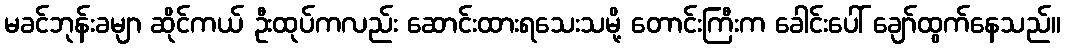
မခင်ဘုန်းခမျာ ဆိုင်ကယ် ဦးထုပ်ကလည်း ဆောင်းထားရသေးသမို့ တောင်းကြီးက ခေါင်းပေါ် ချော်ထွက်နေသည်။